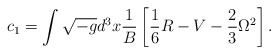
\begin{align*}c_1=\int \sqrt{-g}d^3x {1 \over B}\left[\frac 16R-V-\frac 23 \Omega^2\right].\end{align*}